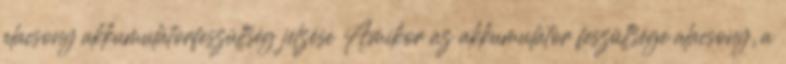
alacsony akkumulátorfeszültség jelzése Amikor az akkumulátor feszültsége alacsony, a